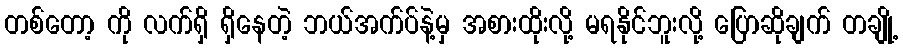
တစ်တော့ ကို လက်ရှိ ရှိနေတဲ့ ဘယ်အက်ပ်နဲ့မှ အစားထိုးလို့ မရနိုင်ဘူးလို့ ပြောဆိုချက် တချို့